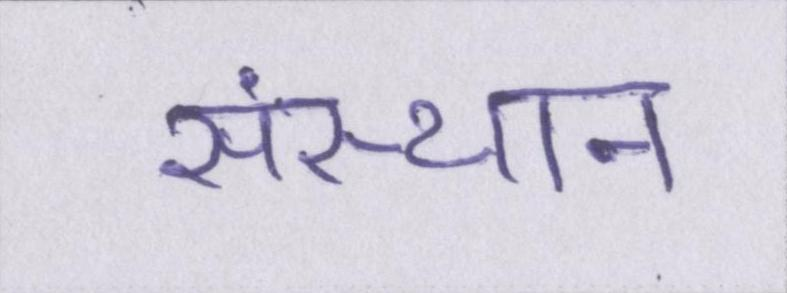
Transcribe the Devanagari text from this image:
संस्थान